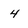
Character: 4